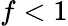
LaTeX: f<1